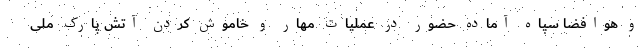
و هوافضا سپاه آماده حضور در عملیات مهار و خاموش کردن آتش پارک ملی